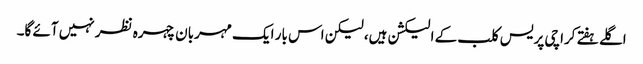
اگلے ہفتے کراچی پریس کلب کے الیکشن ہیں، لیکن اس بار ایک مہربان چہرہ نظر نہیں آئے گا۔